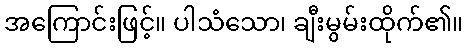
အကြောင်းဖြင့်။ ပါသံသော၊ ချီးမွမ်းထိုက်၏။